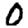
Digit: 0